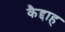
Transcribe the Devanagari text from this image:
कैद्दाह